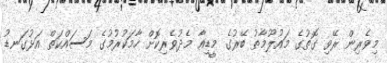
މިވެރިން ރޭވި ގޮތުގެ މައުލޫމާތު ބޭރުގެ މީޑިއާ މެދުވެރިކޮށް ހާމަކުރުމުގެ މަސައްކަތް އަޅުގަނޑު